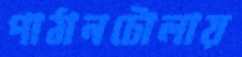
পাঠানটোলায়